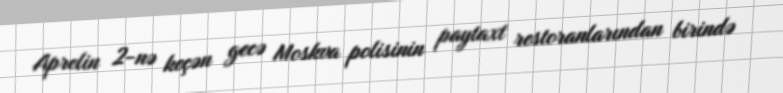
Aprelin 2-nə keçən gecə Moskva polisinin paytaxt restoranlarından birində